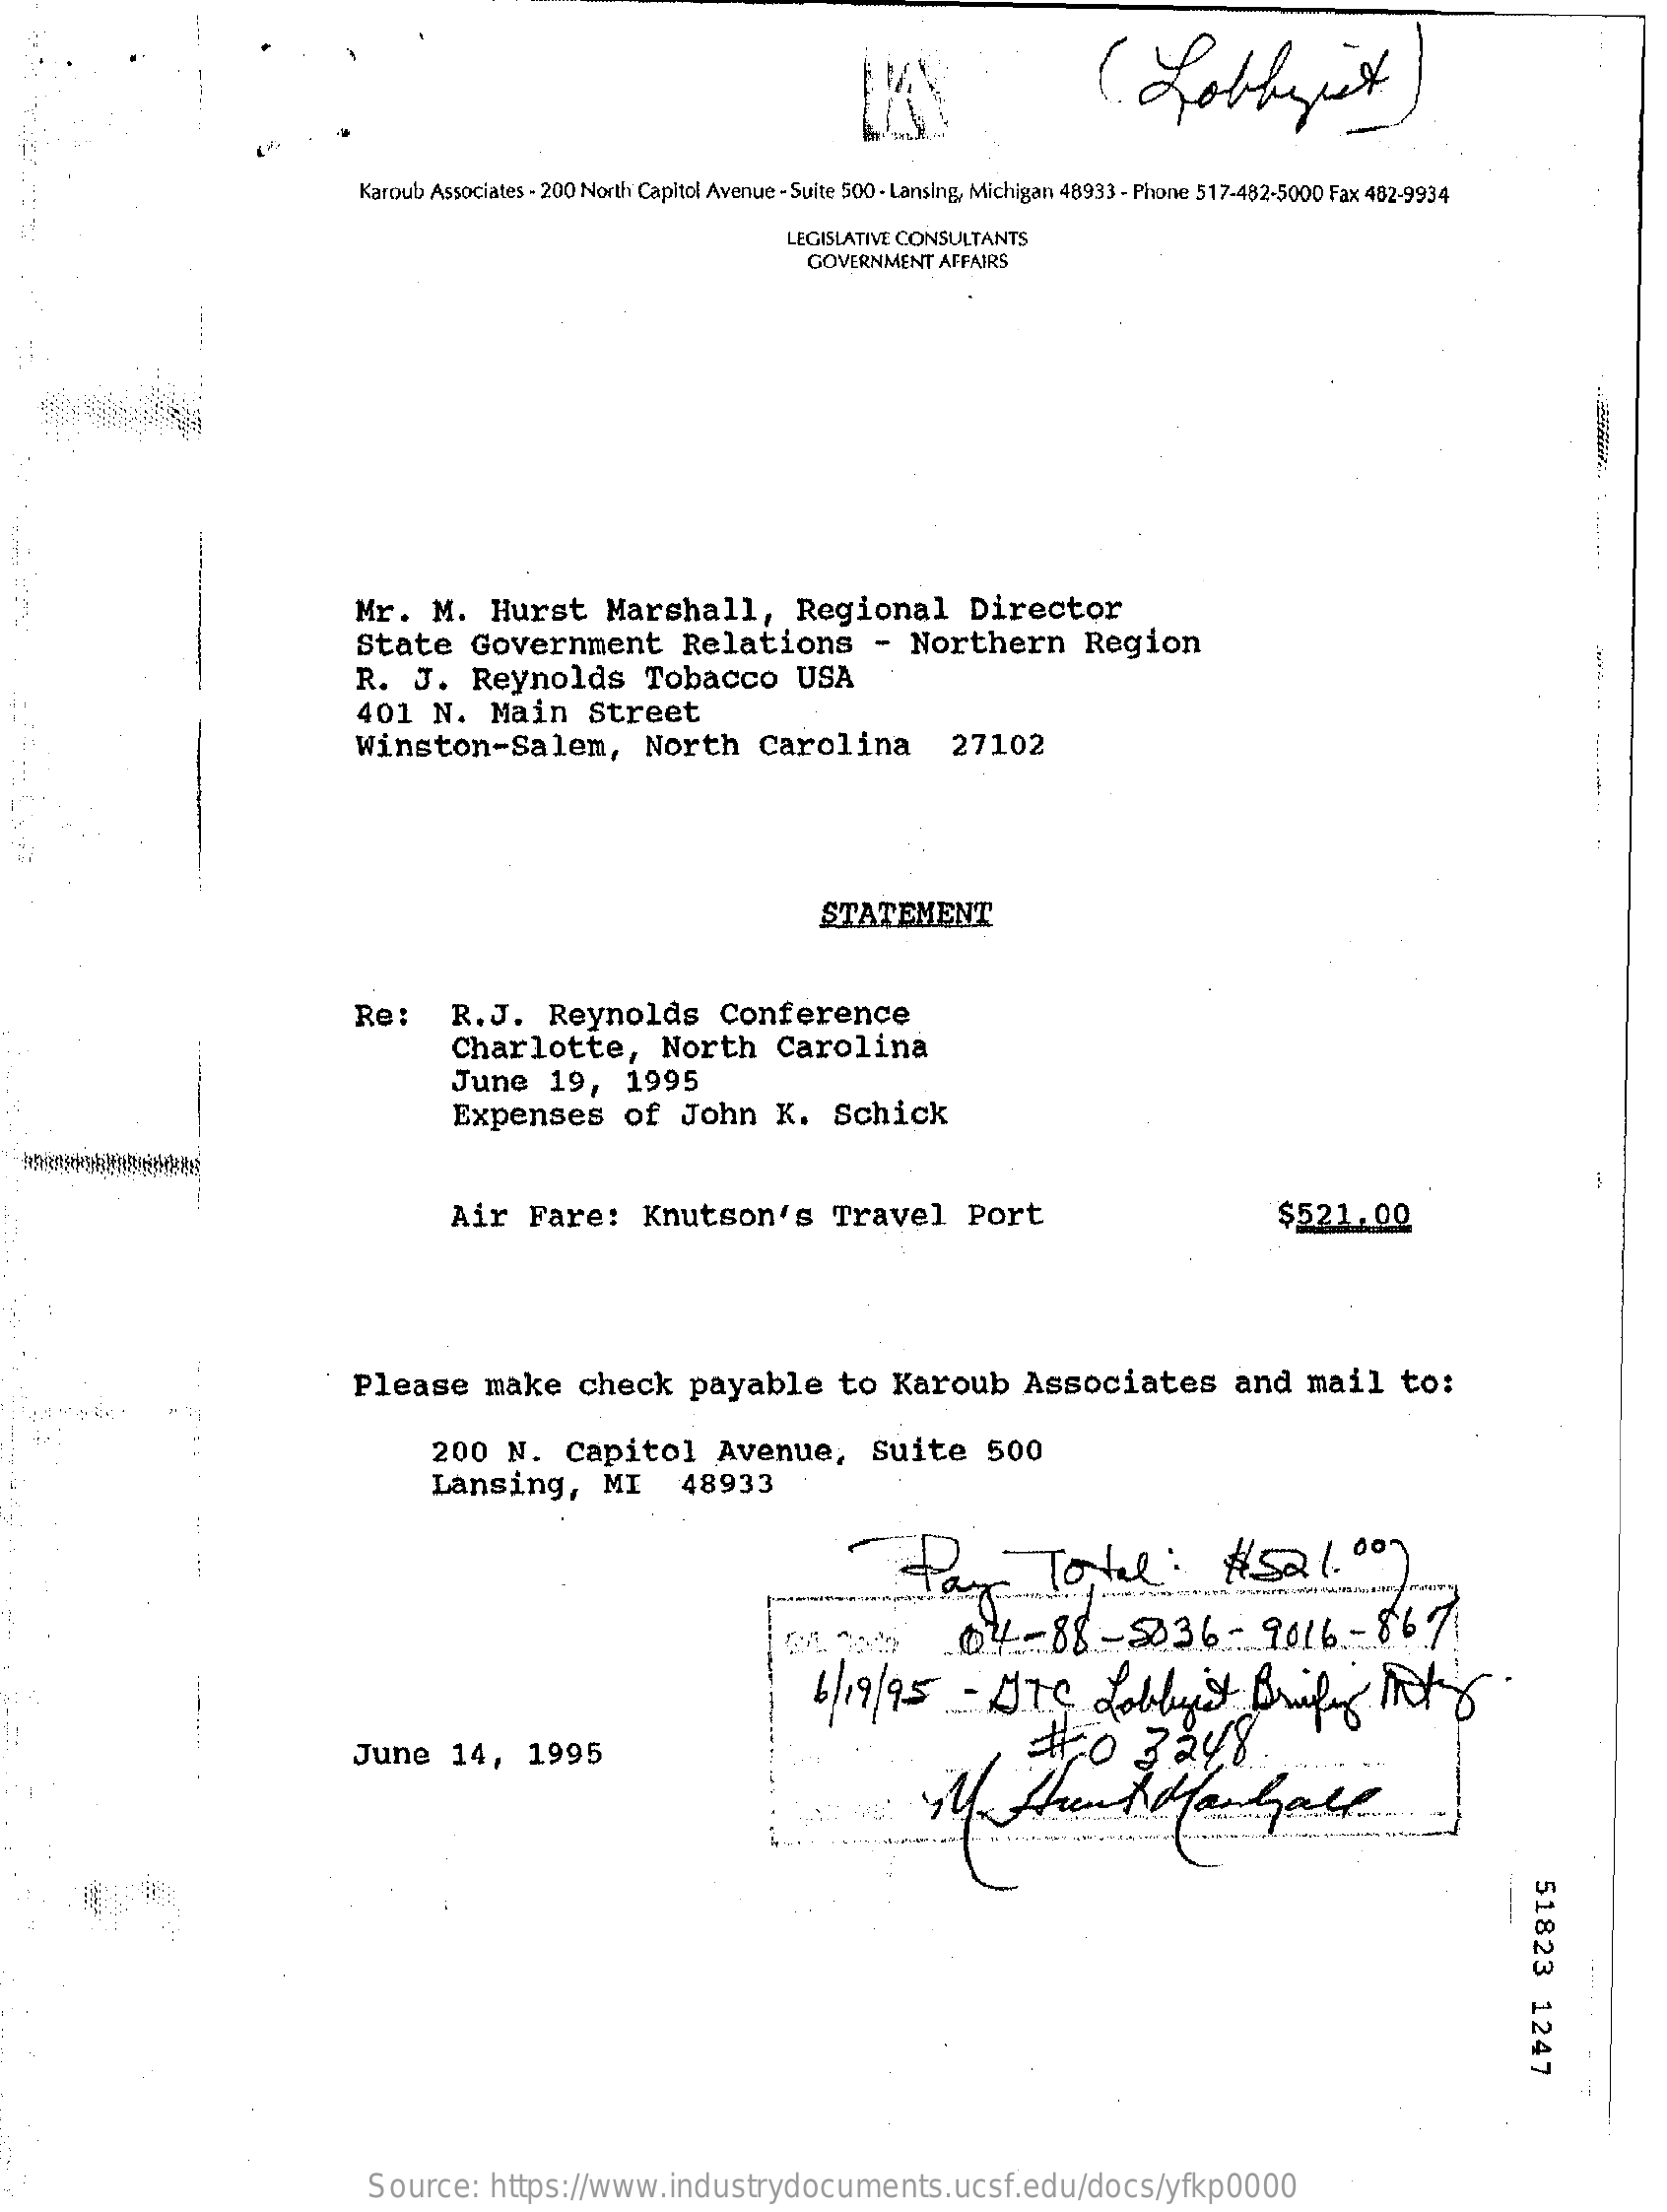
(. Lobbyist
     Karoub Associates - 200 North Capitol Avenue - Suite 500 - Lansing, Michigan 48933 - Phone 517-482-5000 Fax 482-9934
     LEGISLATIVE CONSULTANTS
     GOVERNMENT AFFAIRS
     Mr.   M.    Hurst    Marshall,    Regional    Director
     State    Government    Relations    -  Northern    Region
     R.   J.   Reynolds    Tobacco    USA
     401   N.    Main    Street
     Winston-Salem,    North    Carolina    27102
     STATEMENT
     Re:    R.J.    Reynolds    Conference
     Charlotte,    North    Carolina
     June    19,    1995
     Expenses    of  John    K.   Schick
     Air   Fare:    Knutson's    Travel    Port    $521.00
     Please    make    check    payable    to   Karoub    Associates    and    mail    to:
     200   N.   Capitol    Avenue,    Suite    500
     Lansing,    MI    48933
     Pay    Total:    #  521.00)
     04-    88-5036    -  9016    -  8671
     6/ 19/95    -  ATS    Lobby't    Brifing    Mots.
     June    14,    1995    #0    3248
     51823
     1247
     Source:    https://www.industrydocuments.ucsf.edu/docs/yfkp0000